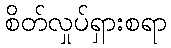
စိတ်လှုပ်ရှားစရာ